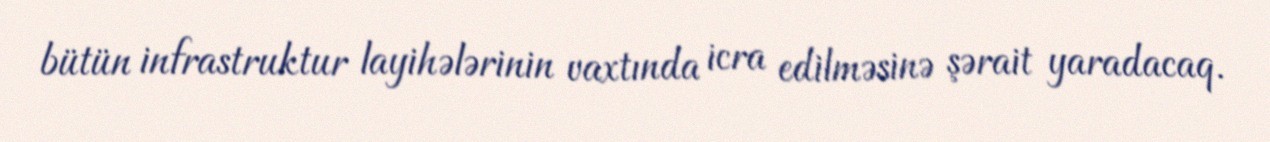
bütün infrastruktur layihələrinin vaxtında icra edilməsinə şərait yaradacaq.